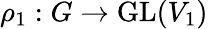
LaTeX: \rho_{1}:G\to{\mathrm{GL}}(V_{1})